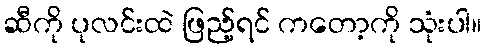
ဆီကို ပုလင်းထဲ ဖြည့်ရင် ကတော့ကို သုံးပါ။